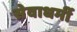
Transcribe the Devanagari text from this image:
सेवाधर्मी